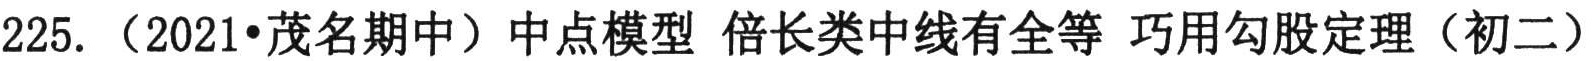
225. （2021•茂名期中）中点模型 倍长类中线有全等 巧用勾股定理（初二）